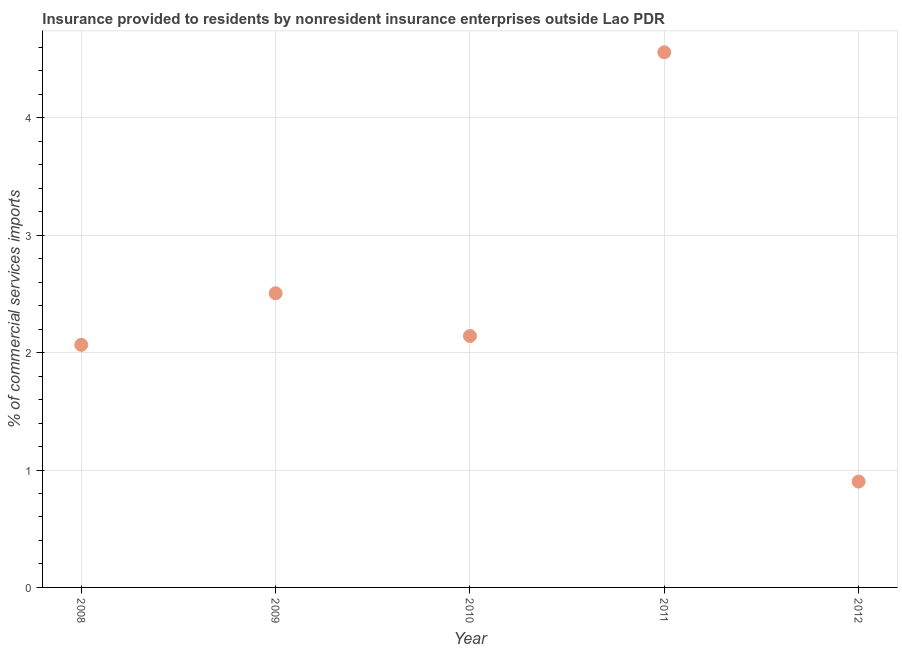
| Year | Insurance provided by non-residents |
 | --- | --- |
 | 2008 | 2.07 |
 | 2009 | 2.51 |
 | 2010 | 2.14 |
 | 2011 | 4.56 |
 | 2012 | 0.902 |